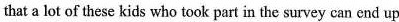
that a lot of these kids who took part in the survey; can end up